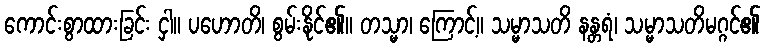
ကောင်းစွာထားခြင်း ငှါ။ ပဟောတိ၊ စွမ်းနိုင်၏။ တသ္မာ၊ ကြောင့်။ သမ္မာသတိ နန္တရံ၊ သမ္မာသတိမဂ္ဂင်၏